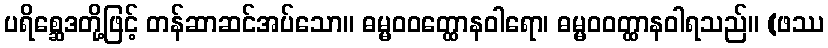
ပရိစ္ဆေဒတို့ဖြင့် တန်ဆာဆင်အပ်သော။ ဓမ္မဝဝတ္ထောနဝါရော၊ ဓမ္မဝဝတ္ထာနဝါရသည်။ (ဖဿ